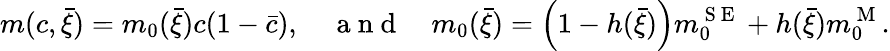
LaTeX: {m}(c,\bar{\xi})={m}_{0}(\bar{\xi})c(1-\bar{c}),\quad\mathrm{~a~n~d~}\quad{m}_{0}(\bar{\xi})=\Big(1-h(\bar{\xi})\Big){m}_{0}^{\mathrm{~S~E~}}+h(\bar{\xi}){m}_{0}^{\mathrm{~M~}}.